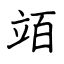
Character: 竡